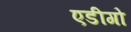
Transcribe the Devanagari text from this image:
एडीगो